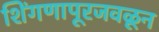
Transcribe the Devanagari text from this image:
शिंगणापूरजवळून